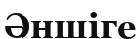
Әншіге